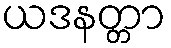
ယဒနတ္တာ